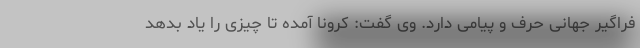
فراگیر جهانی حرف و پیامی دارد. وی گفت: کرونا آمده تا چیزی را یاد بدهد